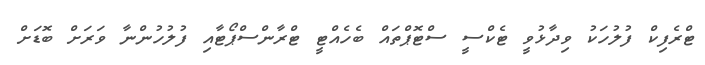
ޓްރެފިކް ފުލުހަކު ވިދާޅުވީ ޓެކްސީ ސްޓޮޕްތައް ބެހެއްޓީ ޓްރާންސްޕޯޓާއި ފުލުހުންނާ ވަރަށް ބޮޑަށް